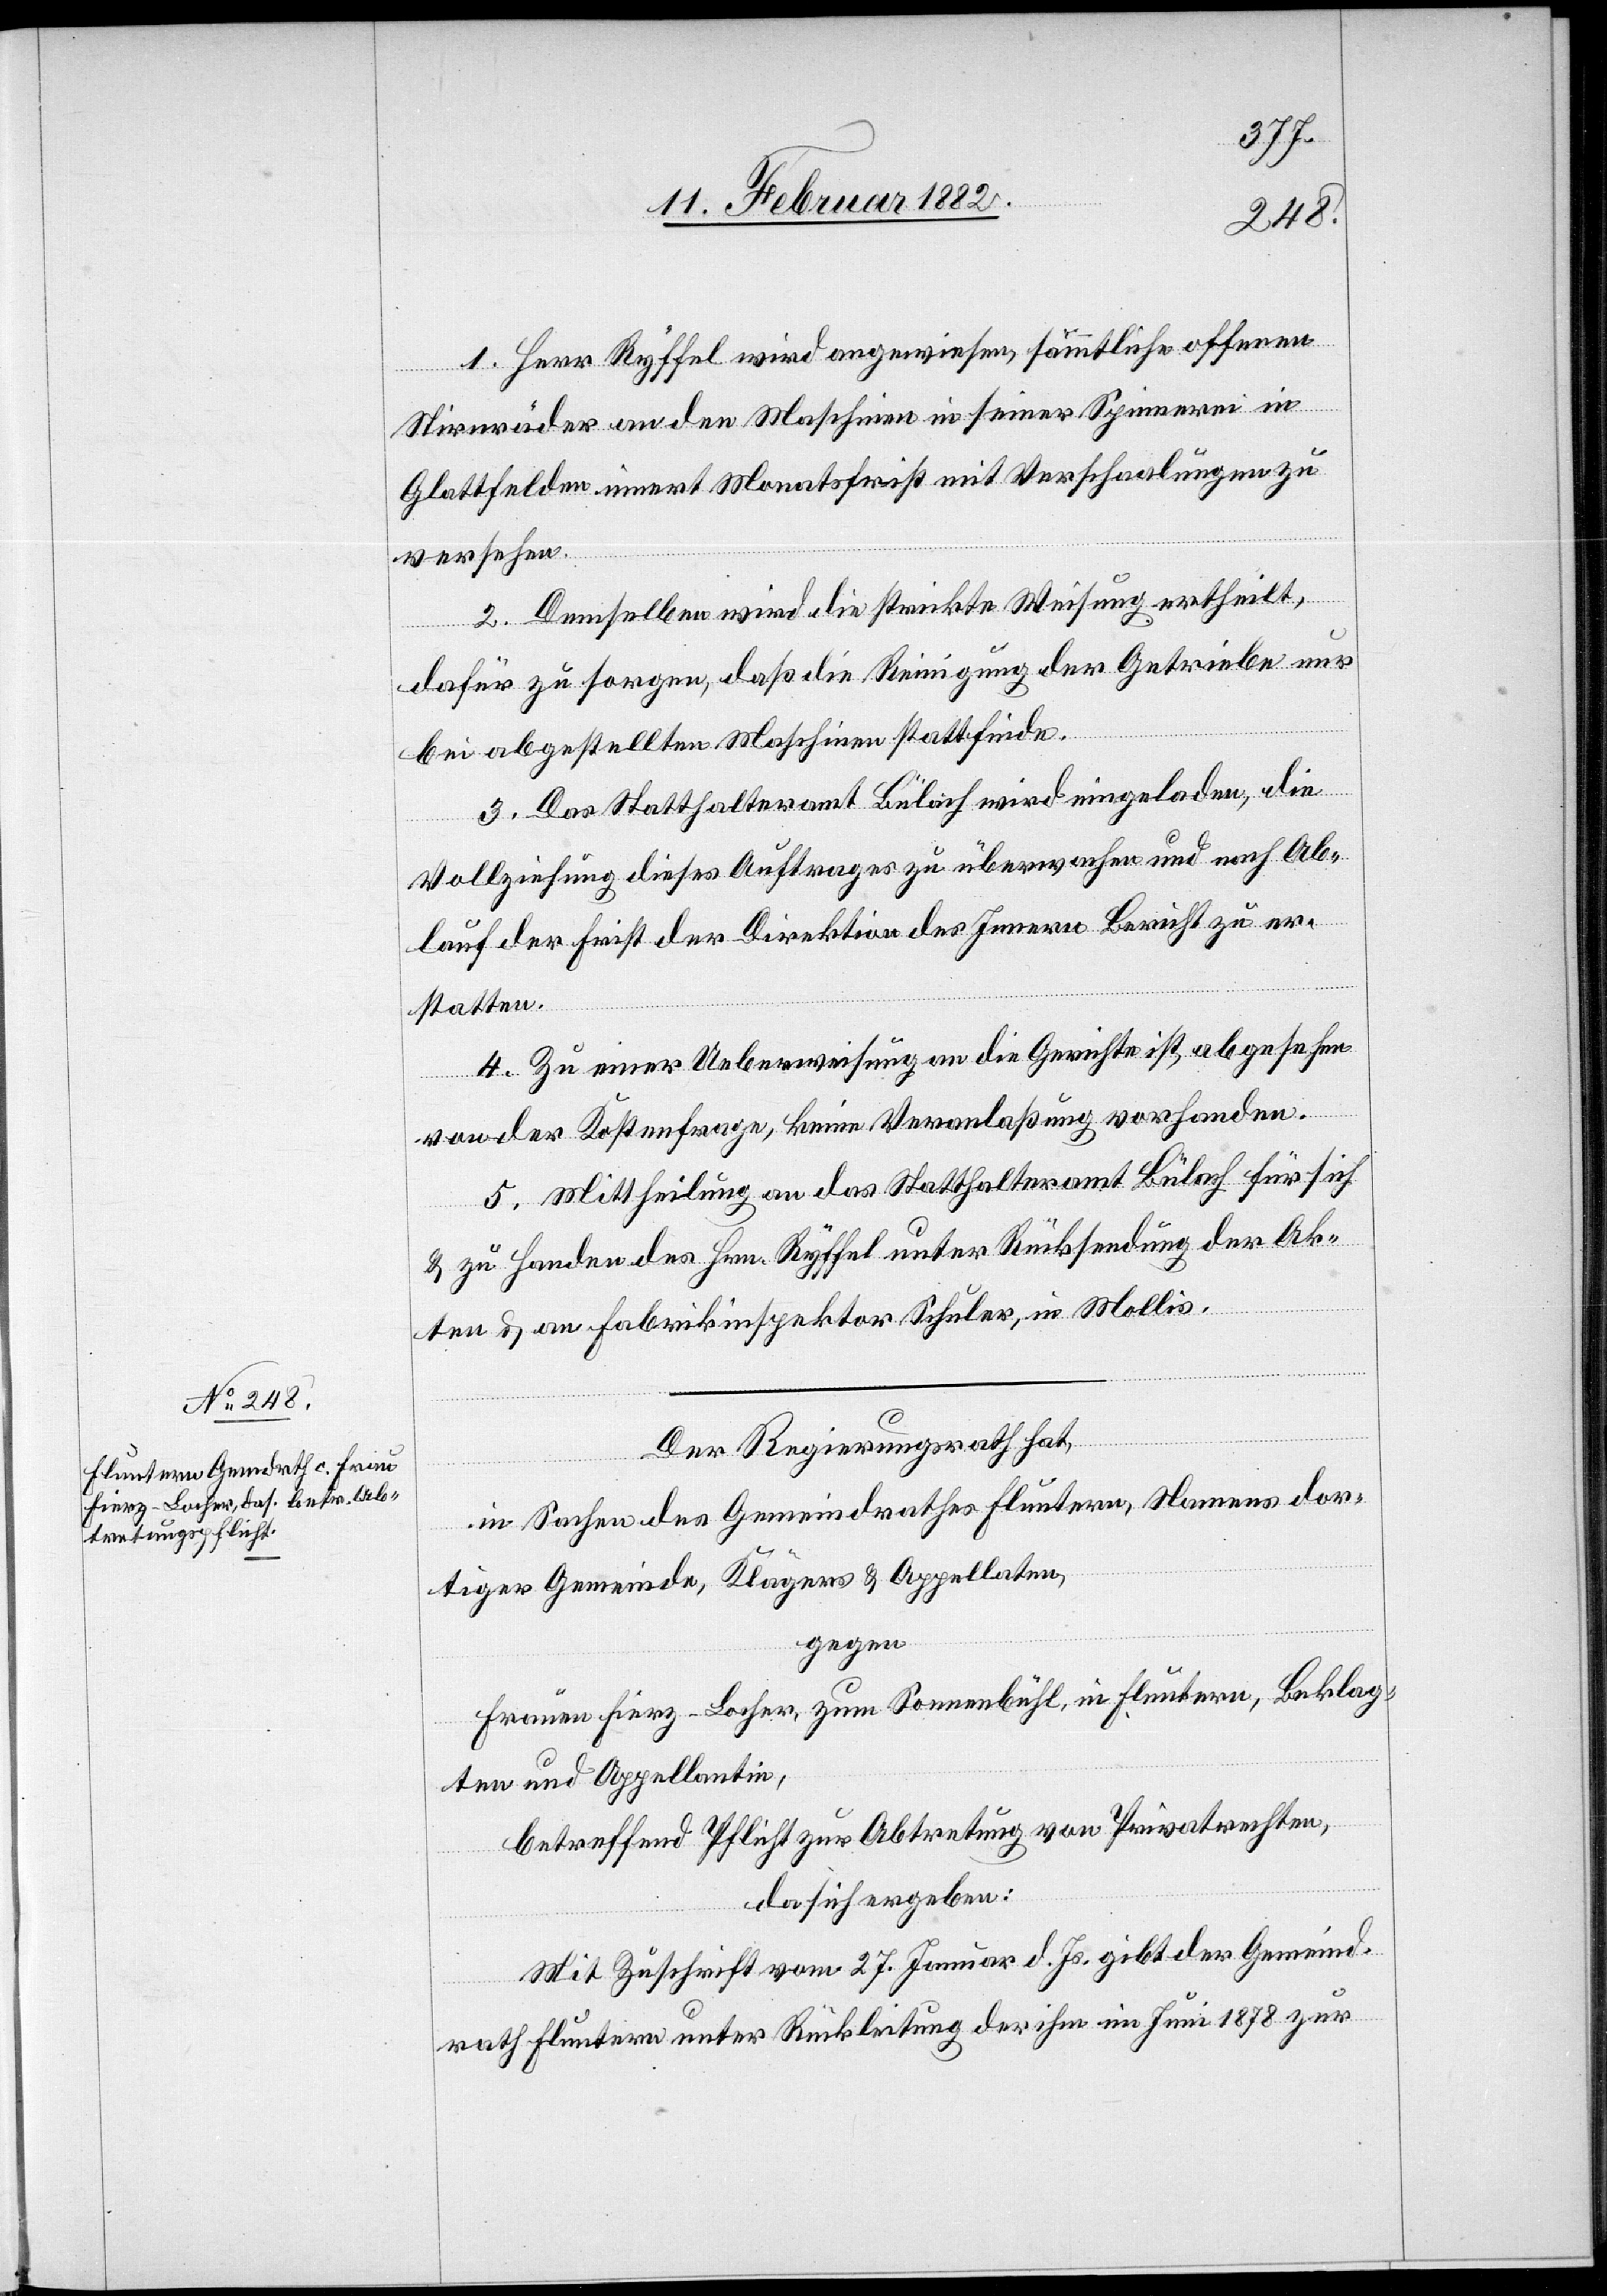
1. Herr Ryffel wirf angewiesen, sämmtliche offenen
Stirnräder an den Maschinen in seiner Spinnerei in
Glattfelden innert Monatsfrist mit Verschaalungen zu
versehen.
2. Demselben wir die strikte Weisung ertheilt,
dafür zu sorgen, daß die Reinigung der Getriebe nur
bei abgestellten Maschinen stattfinde.
3. Das Statthalteramt Bülach wird eingeladen, die
Vollziehung dieses Auftrages zu überwachen und nach Ab¬
lauf der Frist der Direktion des Innern Bericht zu er¬
statten.
4. Zu einer Ueberweisung an die Gerichte ist, abgesehen
von der Kostenfrage, keine Veranlaßung vorhanden.
5. Mittheilung an das Statthalteramt Bülach für sich
& zu Handen des Hrn. Ryffel unter Rücksendung der Ak¬
ten & an Fabrikinspektor Schuler, in Mollis.
Der Regierungsrath,
in Sachen des Gemeindrathes Fluntern, Namens dor¬
tiger Gemeinde, Klägers & Appellaten,
gegen
Frau Fierz-Locher, zum Sonnenbühl, in Fluntern, Beklag¬
te und Appellantin,
betreffend Pflicht zur Abtretung von Privatrechten,
da sich ergeben:
Mit Zuschrift vom 27. Januar d. Js. gibt der Gemeind¬
rath Fluntern unter Rückleistung der ihm im Juni 1878 zur